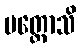
ပတ္တောသိ